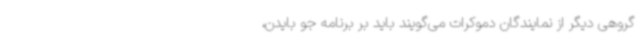
گروهی دیگر از نمایندگان دموکرات می‌گویند باید بر برنامه جو بایدن،